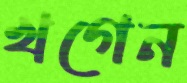
খগেন